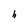
Character: h